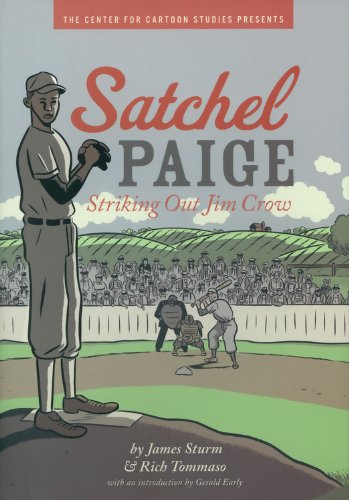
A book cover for Satchel Paige: Striking Out Jim Crow; James Sturm; Children's Books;